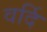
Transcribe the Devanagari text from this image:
वर्दि